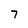
Character: 7